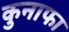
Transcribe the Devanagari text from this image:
कुनाफा